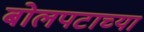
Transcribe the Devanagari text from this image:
बोलपटाच्या